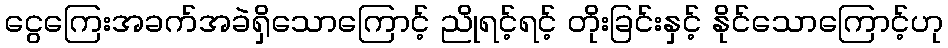
ငွေကြေးအခက်အခဲရှိသောကြောင့် ညိုရင့်ရင့် တိုးခြင်းနှင့် နိုင်သောကြောင့်ဟု